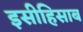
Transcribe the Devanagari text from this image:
इसीहिसाब